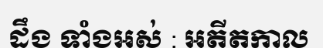
ដឹង ទាំងអស់ ; អតីតកាល